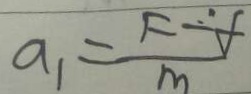
a _ { 1 } = \frac { F - f } { m }